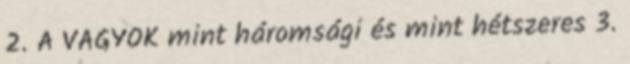
2. A VAGYOK mint háromsági és mint hétszeres 3.